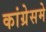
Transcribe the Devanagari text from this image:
कांग्रेसमे